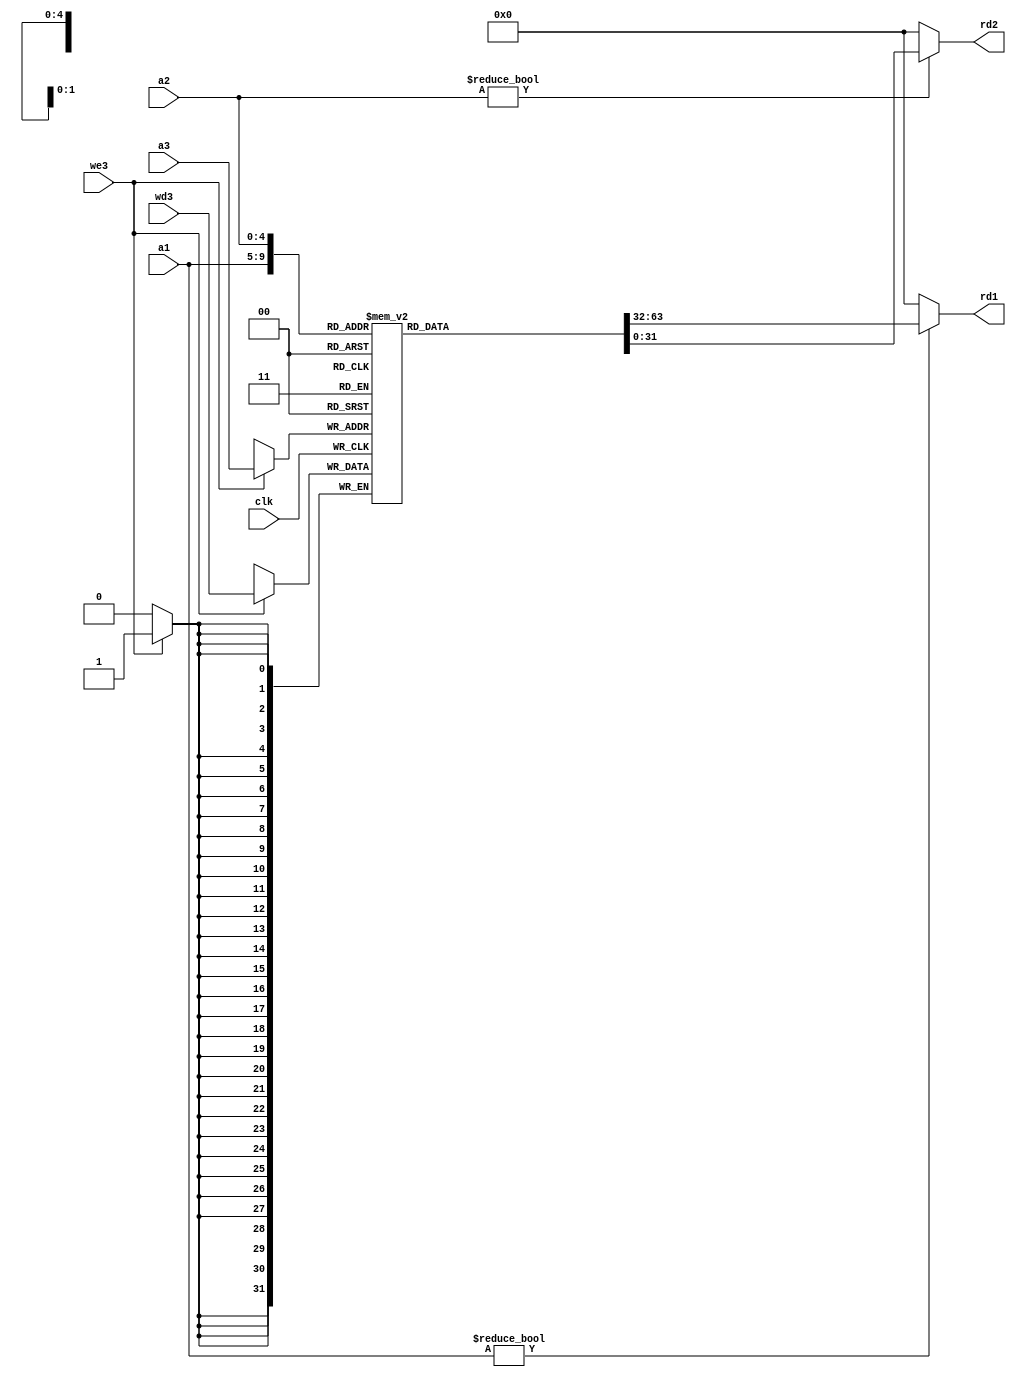
module regfile (
    input  wire          clk,
    input  wire          we3,
    input  wire [4 : 0]   a1,
    input  wire [4 : 0]   a2,
    input  wire [4 : 0]   a3,
    input  wire [31 : 0] wd3,
    output wire [31 : 0] rd1,
    output wire [31 : 0] rd2
);
    reg [31 : 0] rf[31 : 0];

    always @( negedge clk ) begin
        if (we3) begin
            rf[a3] <= wd3;
        end
    end

    assign rd1 = (a1 != 0) ? rf[a1] : 32'b0;
    assign rd2 = (a2 != 0) ? rf[a2] : 32'b0;
    
endmodule